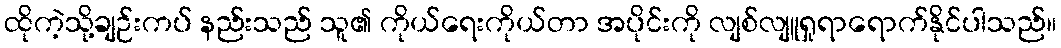
ထိုကဲ့သို့ချဉ်းကပ် နည်းသည် သူ၏ ကိုယ်ရေးကိုယ်တာ အပိုင်းကို လျစ်လျူရှုရာရောက်နိုင်ပါသည်။